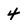
Character: 4